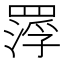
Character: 𮊑